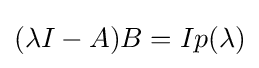
(\lambda I-A)B=Ip(\lambda )